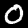
Digit: 0